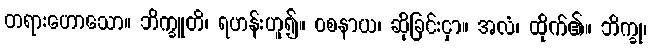
တရားဟောသော။ ဘိက္ခူတိ၊ ရဟန်းဟူ၍။ ဝစနာယ၊ ဆိုခြင်းငှာ။ အလံ၊ ထိုက်၏။ ဘိက္ခု၊